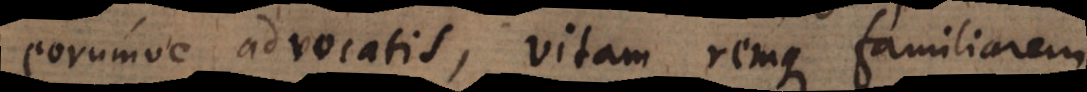
eorumve advocatis, vitam remque familiarem